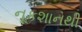
નૂકશાનથી